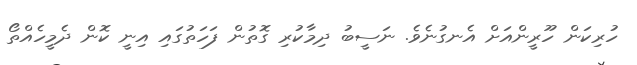
ހުރިކަން ހޫރީންއަށް އެނގުނެވެ. ނަސީބު ދިމާކުރި ގޮތުން ފަހަތުގައި އިނީ ކޮން ދެމީހެއްތޯ